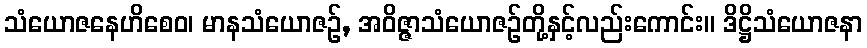
သံယောဇနေဟိစေဝ၊ မာနသံယောဇဉ်, အဝိဇ္ဇာသံယောဇဉ်တို့နှင့်လည်းကောင်း။ ဒိဋ္ဌိသံယောဇနာ